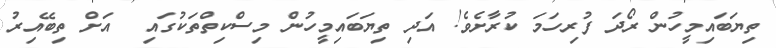
ތިޔަބައިމީހުން ރޯދަ ފުރިހަމަ ކުރާށެވެ! އަދި ތިޔަބައިމީހުން މިސްކިތްތަކުގައި  އަށް ތިބޭއިރު